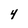
Character: 4